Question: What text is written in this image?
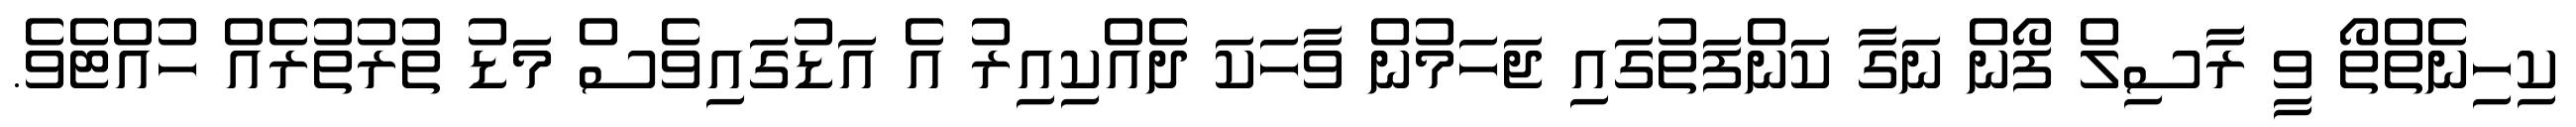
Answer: ކިހިނެތްތޯ ވީ ރާސިލް ފޯން ނަގާ ކަންފަތުގައި ޖަހަމުން ވާހަކަ ދެއްކިއިރު އެ އަޑުގައިވެސް މަޑު ތުރުތުރެއް ހުއްޓެވެ.